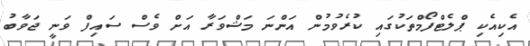
އެކިއެކި ޕްލެޓްފޯމްތަކުގައި ކުރެވުމުން އަންނަ މަޝްވަރާ އަށް ވެސް ސައިފް ވަނީ ޖަވާބު